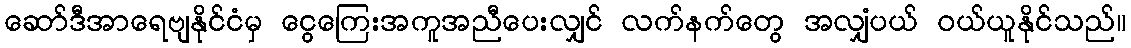
ဆော်ဒီအာရေဗျနိုင်ငံမှ ငွေကြေးအကူအညီပေးလျှင် လက်နက်တွေ အလျှံပယ် ဝယ်ယူနိုင်သည်။